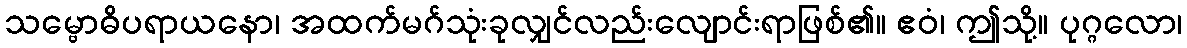
သမ္ဗောဓိပရာယနော၊ အထက်မဂ်သုံးခုလျှင်လည်းလျောင်းရာဖြစ်၏။ ဧဝံ၊ ဤသို့။ ပုဂ္ဂလော၊